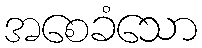
အစေခံသော